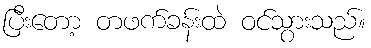
ပြီးတော့ တဖက်ခန်းထဲ ဝင်သွားသည်။